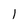
Character: l